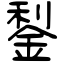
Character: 鋫